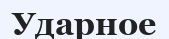
Ударное